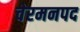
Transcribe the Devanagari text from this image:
चेरमनपद